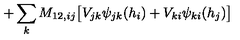
+ \sum _ { k } M _ { 1 2 , i j } \big [ V _ { j k } \psi _ { j k } ( h _ { i } ) + V _ { k i } \psi _ { k i } ( h _ { j } ) \big ]